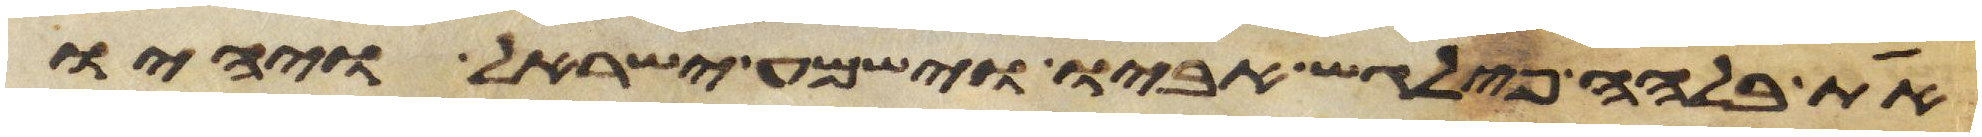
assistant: את בלהה פילגש אביו וישמע ישראל ויהיו